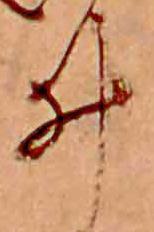
ゐ